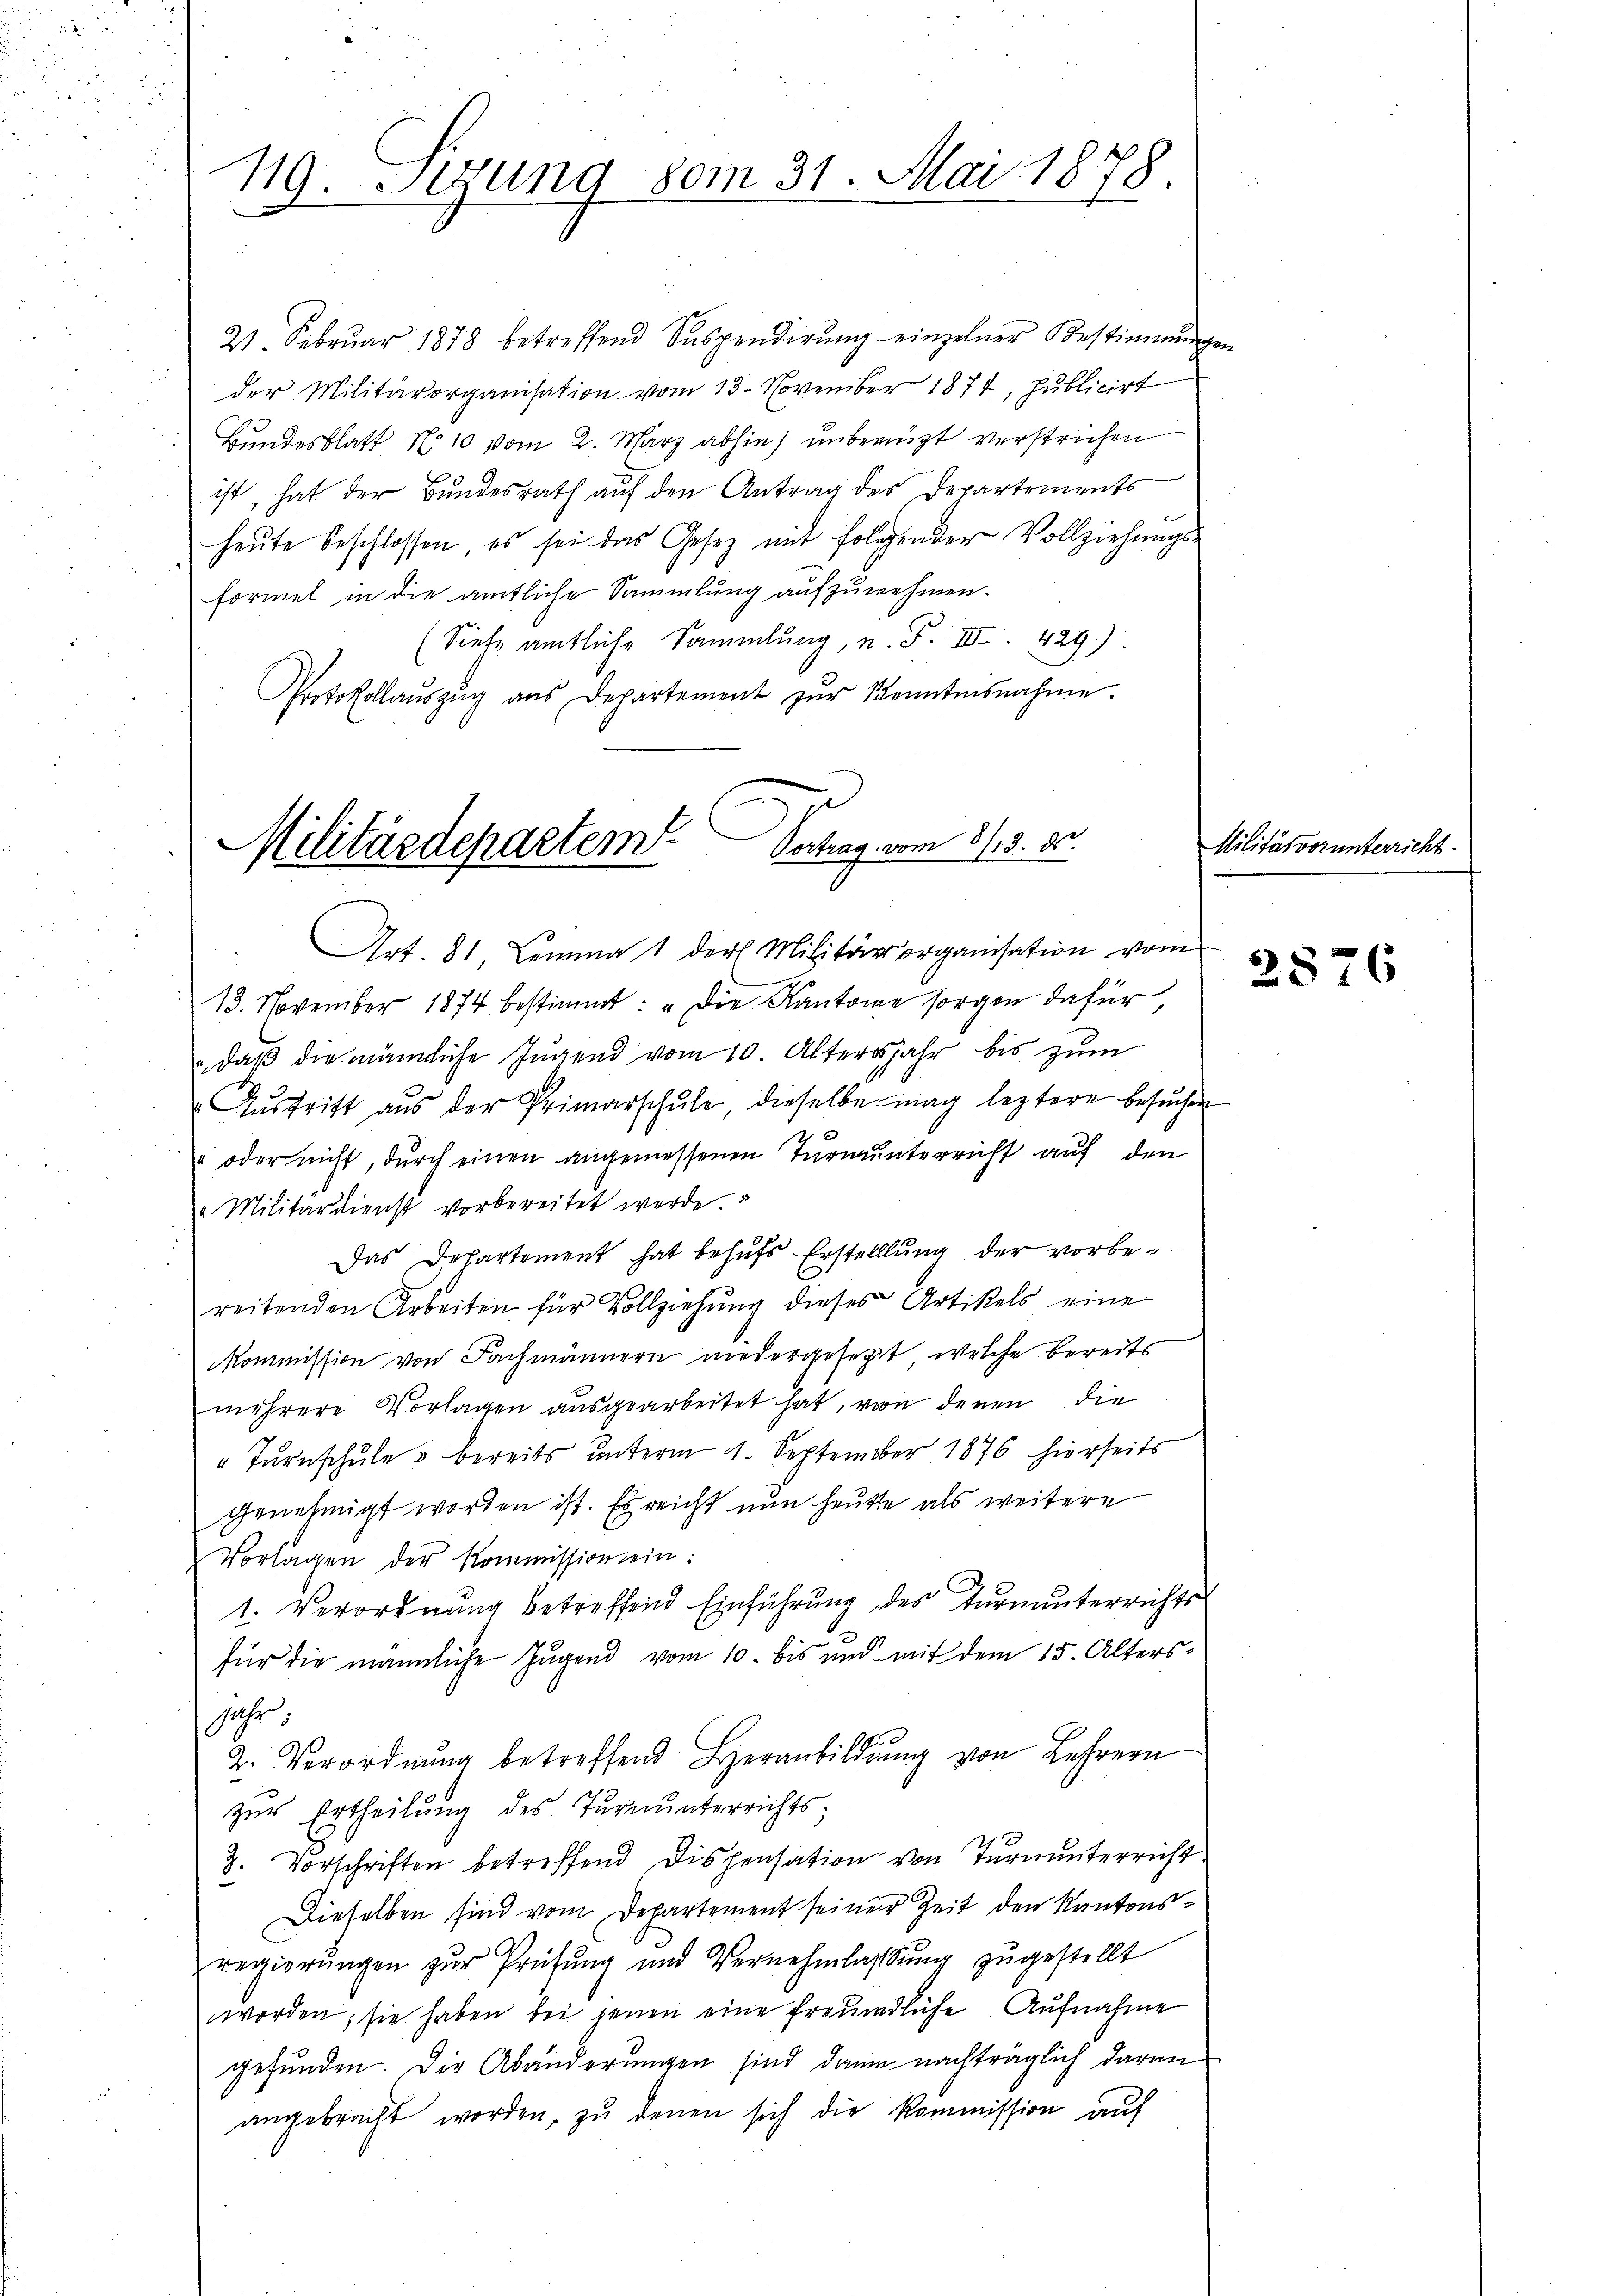
119. Sedung vom 31. Mai 1878.

21. Febrŭar 1878 betreffend Suspendirŭng einzelner Bestimmungen
der Militärorganisation vom 13. November 1874, Publicirt
Bundesblatt N. 10 vom 2. März abhin) unberuht verstrichen
ist, hat der Bundesrath auf den Antrag des Departements
heute beschlossen, es sei das Gesetz mit folgender Vollziehungs-
formet in die amtliche Sammlung aufzunehmen.
(Siehe amtliche Sammlung, u. F. III. 429)
Protokollaŭszŭg ans Departement zŭr Kenntnisnahme.

Vortrag vom 8/18. 85.
Militärdepartem

Art. 81. Lemma 1 der Militärorganisation vom
13. November 1874 bestimmt: „Die Kantone sorgen dafür
" daß die männliche Jugend vom 10. Altersjahr bis zum
Aŭstritt aŭs der Primarschŭle dieselbe mag leztere besŭchen
" oder nicht, durch einen angemessenen Turmunterricht auf den
 Militärdienst vorbereitet werde.
Das Departement hat behufs Erstelllung der vorbereitenden Arbeiten für Vollziehung dieses Artikels eine
Kommission von Fachmännern niedergesetzt, welche bereits
mehrere Vorlagen ausgearbeitet hat, von denen die
" Tŭrnschule & bereits unterm 1. September 1876 hierseits
genehmigt worden ist. Es reicht nun heute als weitere
Vorlagen der Kommission ein:
1. Verordnung betreffend Einführung des Turnunterrichts-
für die männliche Jugend vom 10. bis und mit dem 15. Alters
Jahr
2. Verordnŭng betreffend Heranbildŭng von Lehrern
zur Ertheilung des Turnunterrichts;
3. Vorschriften betreffend Dispensation von Turnunterricht
Dieselben sind vom Departement seiner Zeit den Kantonsregierŭngen zŭr Prüfŭng und Vernehmlassŭng zŭgestellt
worden; sie haben bei jenen eine freundliche Aufnahme
gefunden. Die Abänderungen sind dann nachträglich daran
angebracht worden, zu denen sich die Kommission auf

Milität vorunterricht.

2876